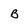
Character: b